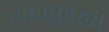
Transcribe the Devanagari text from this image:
जनकुंवरी